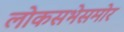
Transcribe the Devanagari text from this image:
लोकसभेसमोर